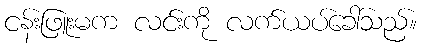
ငန်းဖြူးမက လင်းကို လက်ယပ်ခေါ်သည်။